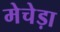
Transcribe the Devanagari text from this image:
मेचेड़ा